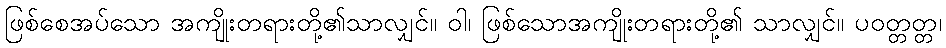
ဖြစ်စေအပ်သော အကျိုးတရားတို့၏သာလျှင်။ ဝါ၊ ဖြစ်သောအကျိုးတရားတို့၏ သာလျှင်။ ပဝတ္တတ္တ၊